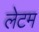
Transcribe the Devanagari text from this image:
लेटम